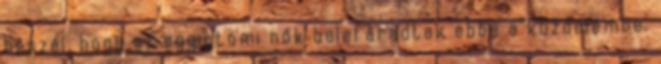
beszél, hogy az egyiptomi nők belefáradtak ebbe a küzdelembe.